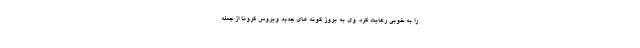
را به خوبی رعایت کرد. وی به بروز گونه های جدید ویروس کرونا از جمله